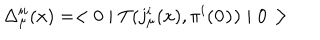
LaTeX: \Delta _ { \mu } ^ { i i } ( x ) = < 0 \mid T ( j _ { \mu } ^ { i } ( x ) , \pi ^ { i } ( \bf 0 ) ) \mid 0 >